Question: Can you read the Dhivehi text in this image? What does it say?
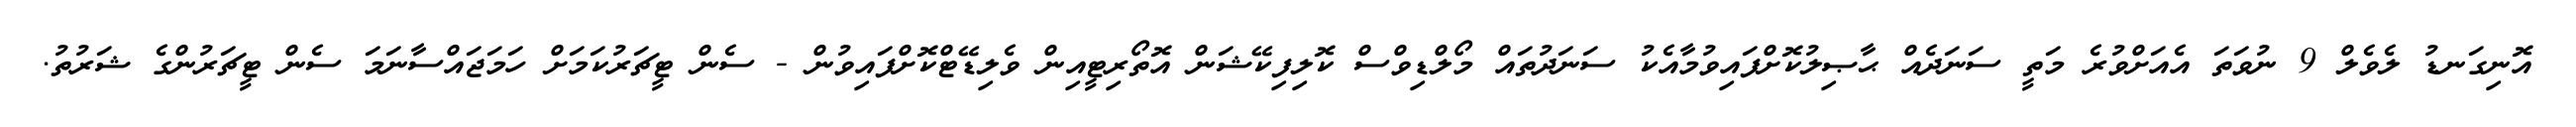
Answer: އޮނިގަނޑު ލެވެލް 9 ނުވަތަ އެއަށްވުރެ މަތީ ސަނަދެއް ޙާޞިލުކޮށްފައިވުމާއެކު ސަނަދުތައް މޯލްޑިވްސް ކޮލިފިކޭޝަން އޮތޯރިޓީއިން ވެލިޑޭޓްކޮށްފައިވުން - ސެން ޓީޗަރުކަމަށް ހަމަޖައްސާނަމަ ސެން ޓީޗަރުންގެ ޝަރުތު.